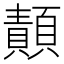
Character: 𩔳